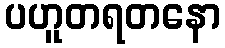
ပဟူတရတနော